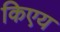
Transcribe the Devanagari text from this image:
किएय